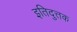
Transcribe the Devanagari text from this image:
इतिदुत्तक